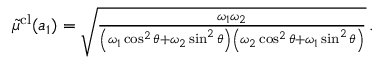
\begin{array} { r } { \tilde { \mu } ^ { \mathrm { c l } } ( a _ { 1 } ) = \sqrt { \frac { \omega _ { 1 } \omega _ { 2 } } { \left( \omega _ { 1 } \cos ^ { 2 } \theta + \omega _ { 2 } \sin ^ { 2 } \theta \right) \left( \omega _ { 2 } \cos ^ { 2 } \theta + \omega _ { 1 } \sin ^ { 2 } \theta \right) } } \, . } \end{array}